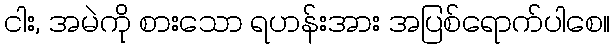
ငါး, အမဲကို စားသော ရဟန်းအား အပြစ်ရောက်ပါစေ။